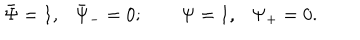
LaTeX: \bar { \Psi } = 1 , \bar { \Psi } _ { - } = 0 ; \qquad \Psi = 1 , \Psi _ { + } = 0 .